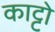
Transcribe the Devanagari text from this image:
काट्टो